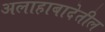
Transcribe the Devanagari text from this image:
अलाहाबादेतील